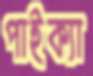
পাইক্যা